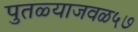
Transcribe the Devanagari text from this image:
पुतळ्याजवळ५७